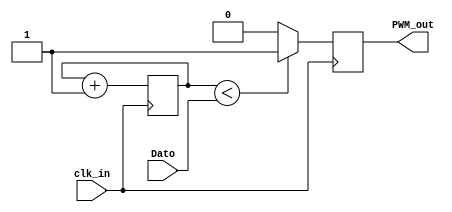
`timescale 1ns / 1ps
//////////////////////////////////////////////////////////////////////////////////
// Company: 
// Engineer: 
// 
// Design Name: 
// Module Name:    PWM 
// Project Name: 
// Target Devices: 
// Tool versions: 
// Description: 
//
// Dependencies: 
//
// Revision: 
// Revision 0.01 - File Created
// Additional Comments: 
//
//////////////////////////////////////////////////////////////////////////////////
module Modulo_PWM(
	input clk_in,							//clock for counter
	input [10:0] Dato, 					//control value that
												//defines pulse width
	output reg PWM_out = 1'b1);		//PWM signal out

	reg [10:0] counter = 11'd0;
	
	always@ (posedge clk_in )
		begin
			if ( counter < Dato )
				PWM_out <= 1'b1;
			else
				PWM_out <= 1'b0;
				counter <= counter + 11'd1;
		end
endmodule